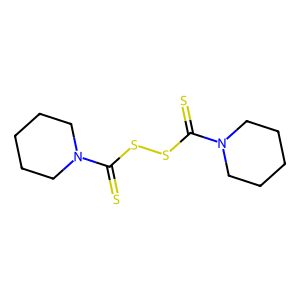
SMILES: S=C(SSC(=S)N1CCCCC1)N1CCCCC1
Inhibits HIV replication: No